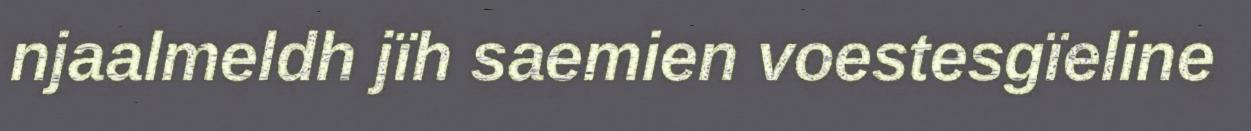
njaalmeldh jïh saemien voestesgïeline